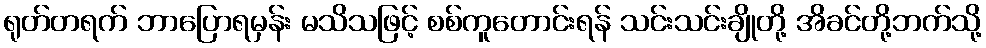
ရုတ်တရက် ဘာပြောရမှန်း မသိသဖြင့် စစ်ကူတောင်းရန် သင်းသင်းချိုတို့ အိခင်တို့ဘက်သို့